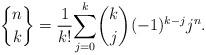
LaTeX: \begin{align*}\genfrac{\{}{\}}{0pt}{}{n}{k}=\frac{1}{k!}{\displaystyle\sum\limits_{j=0}^{k}}\binom{k}{j}(-1) ^{k-j}j^{n}. \end{align*}